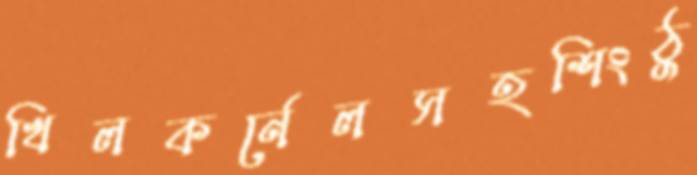
খিলকর্নেলসহশিংঠু